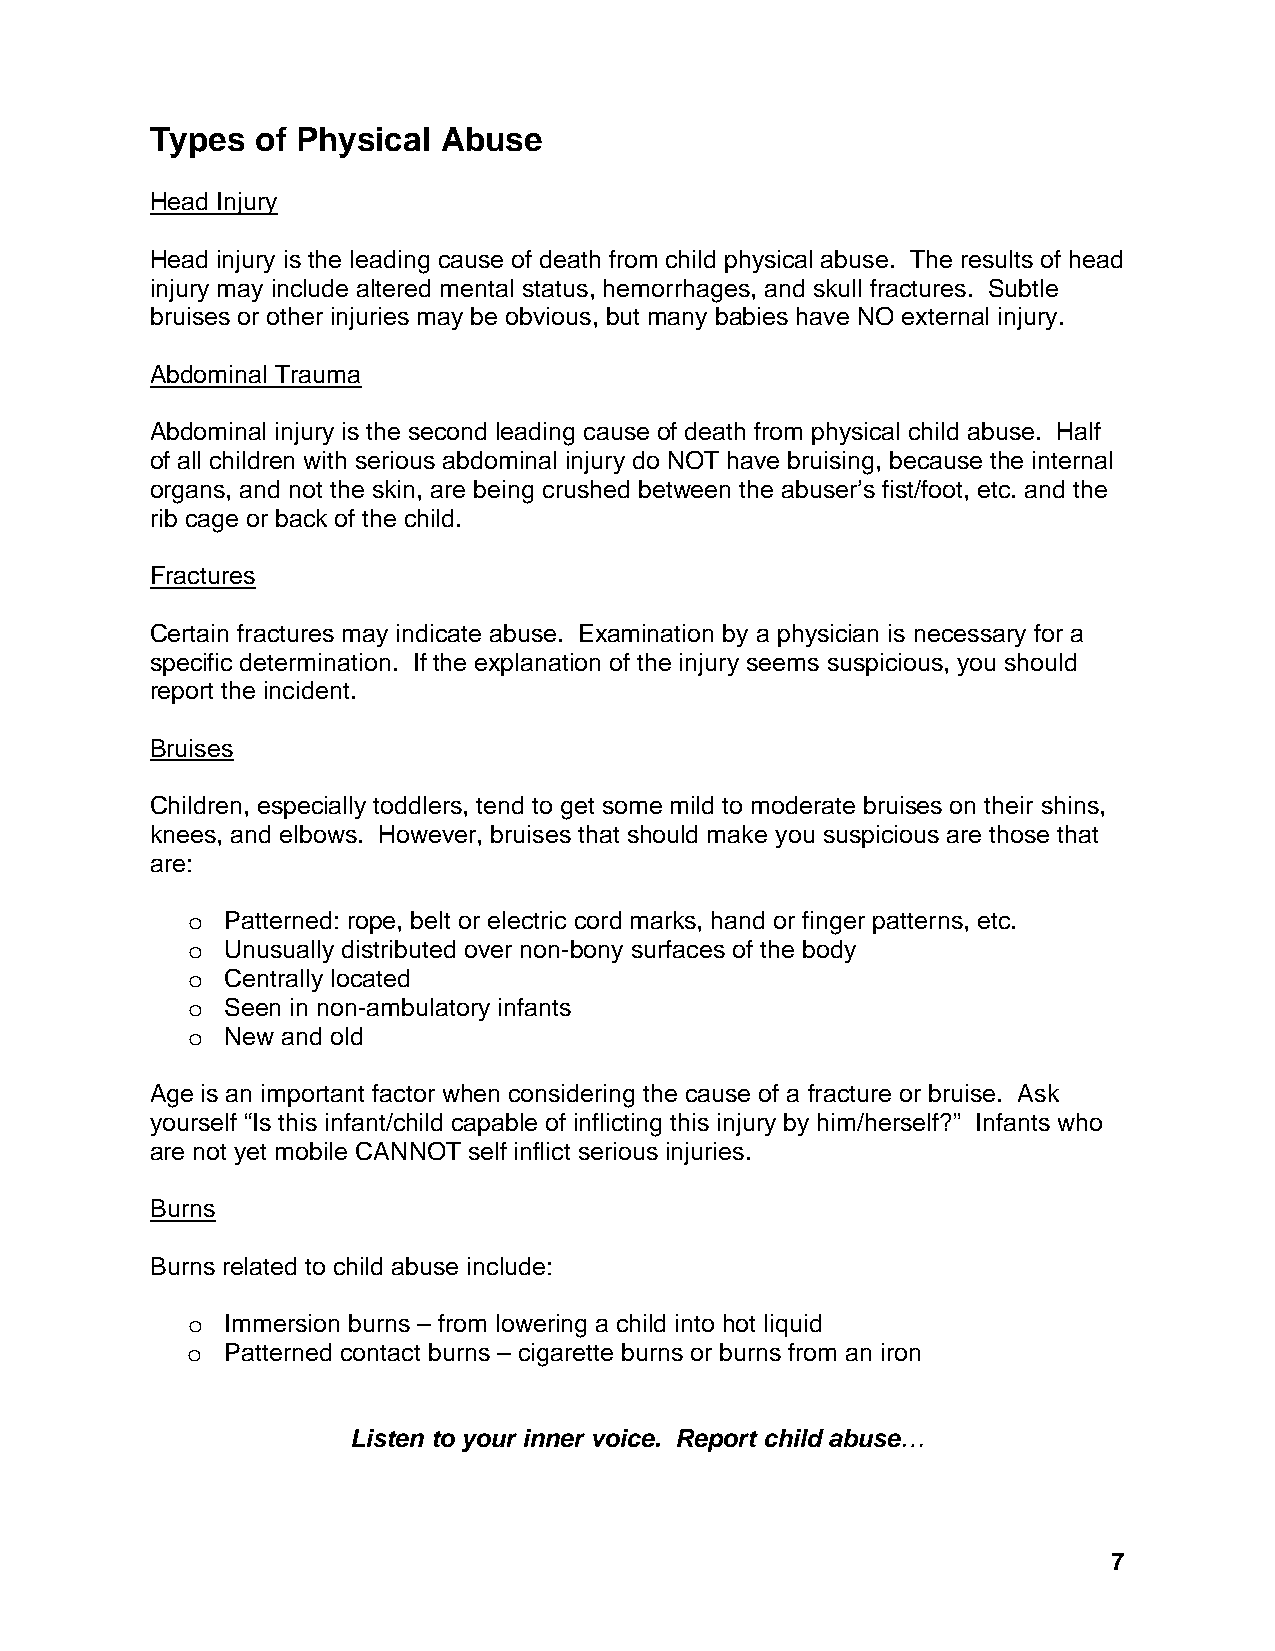
Types  of Physical Abuse
 Head Injury
 Head injury is the leading cause of death from child physical abuse. The results of head
 injury may include altered mental status, hemorrhages, and skull fractures. Subtle
 bruises or other injuries may be obvious, but many babies have NO external injury.
 Abdominal Trauma
 Abdominal injury is the second leading cause of death from physical child abuse. Half
 of all children with serious abdominal injury do NOT have bruising, because the internal
 organs, and not the skin, are being crushed between the abuser’s fist/foot, etc. and the
 rib cage or back of the child.
 Fractures
 Certain fractures may indicate abuse. Examination by a physician is necessary for a
 specific determination. If the explanation of the injury seems suspicious, you should
 report the incident.
 Bruises
 Children, especially toddlers, tend to get some mild to moderate bruises on their shins,
 knees, and elbows. However, bruises that should make you suspicious are those that
 are:
 o  Patterned: rope, belt or electric cord marks, hand or finger patterns, etc.
 o  Unusually distributed over non-bony surfaces of the body
 o  Centrally located
 o  Seen in non-ambulatory infants
 o  New and old
 Age is an important factor when considering the cause of a fracture or bruise. Ask
 yourself “Is this infant/child capable of inflicting this injury by him/herself?” Infants who
 are not yet mobile CANNOT self inflict serious injuries.
 Burns
 Burns related to child abuse include:
 o  Immersion burns – from lowering a child into hot liquid
 o  Patterned contact burns – cigarette burns or burns from an iron
 Listen to your inner voice. Report child abuse…
 7